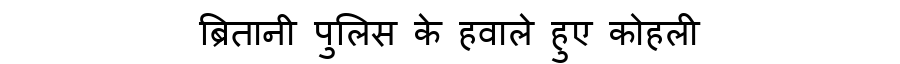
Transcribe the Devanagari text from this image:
ब्रितानी पुलिस के हवाले हुए कोहली